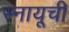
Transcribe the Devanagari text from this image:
स्नायूची